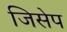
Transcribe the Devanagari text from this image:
जिसेप